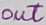
Text: out